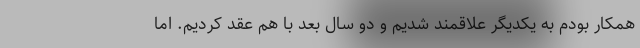
همکار بودم به یکدیگر علاقمند شدیم و دو سال بعد با هم عقد کردیم. اما